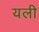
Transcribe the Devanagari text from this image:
यली